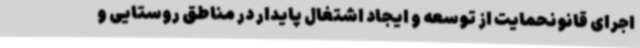
اجرای قانونحمایت از توسعه و ایجاد اشتغال پایدار در مناطق روستایی و